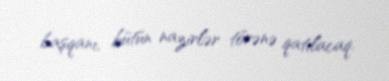
başqanı, bütün nazirlər törənə qatılacaq.